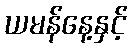
ယမန်နေ့နှင့်